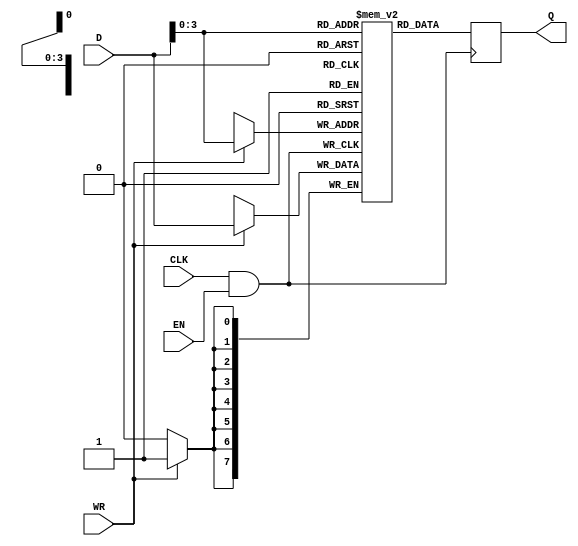
module conditional_clock_gating (
    input wire CLK,         // Primary clock signal
    input wire EN,          // Enable signal for clock gating
    input wire [7:0] D,     // Data input for memory block
    input wire WR,          // Write signal
    output reg [7:0] Q      // Data output from memory block
);

    // Gated clock signal
    wire GCLK;

    // Clock gating logic: GCLK is the result of CLK AND EN
    assign GCLK = CLK & EN;

    // Memory block: Simple register array with write and read capabilities
    reg [7:0] memory [0:15]; // 16 x 8-bit memory

    // Write operation
    always @(posedge GCLK) begin
        if (WR) begin
            memory[D[3:0]] <= D; // Write data to memory at address specified by lower 4 bits of D
        end
    end

    // Read operation
    always @(posedge GCLK) begin
        Q <= memory[D[3:0]]; // Read data from memory at address specified by lower 4 bits of D
    end

endmodule